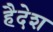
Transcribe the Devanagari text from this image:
हैदेश